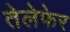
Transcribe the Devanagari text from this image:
तेलेफेर